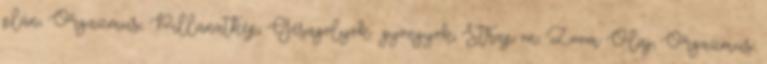
plán, Orgazmus, Pillanatkép, Gésagolyók gyöngyök, Strap on, Zoom Olaj, Orgazmus,